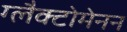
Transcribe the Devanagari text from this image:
ग्लैक्टोमेनन